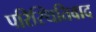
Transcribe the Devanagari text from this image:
परिस्थितिवाद